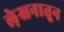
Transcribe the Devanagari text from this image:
ले़खनातून